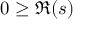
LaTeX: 0 \geq \Re ( s )